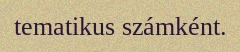
tematikus számként.